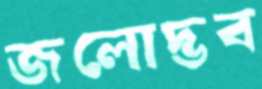
জলোদ্ভব